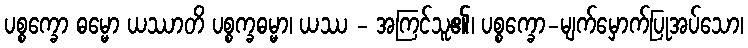
ပစ္စက္ခော ဓမ္မော ယဿာတိ ပစ္စက္ခဓမ္မာ၊ ယဿ - အကြင်သူ၏၊ ပစ္စက္ခော-မျက်မှောက်ပြုအပ်သော၊